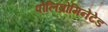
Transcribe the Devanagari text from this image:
पोलिब्रोमिनेटेड